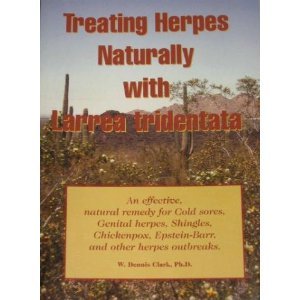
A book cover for Treating Herpes Naturally With Larrea Tridentata: an Effective, Natural Remedy for Cold Sores, Genital Herpes, Shingles, Chickenpox, Epstein-Barr, and Other Herpes Outbreaks; W Dennis Clark; Health, Fitness & Dieting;